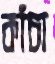
কাঁচা